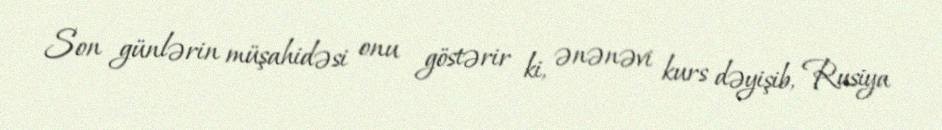
Son günlərin müşahidəsi onu göstərir ki, ənənəvi kurs dəyişib, Rusiya